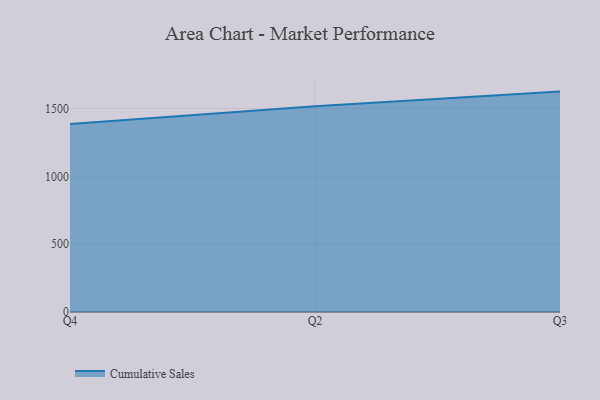
{"axis": {"x": "Quarter", "y": "Page Views"}, "legend": ["Cumulative Sales"], "data": [{"x": "Q4", "y": 1385.9, "type": "Cumulative Sales"}, {"x": "Q2", "y": 1515.4, "type": "Cumulative Sales"}, {"x": "Q3", "y": 1624.2, "type": "Cumulative Sales"}]}